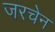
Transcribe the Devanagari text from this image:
जरचेन